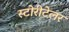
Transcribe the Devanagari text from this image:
स्टोरीटेलर